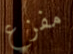
مفزع